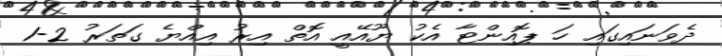
ދެވަނައިގައި ހަ ޕޮއިންޓާ އެކު ޔޫއޭއީ އޮތް އިރު އިއްޔެ ގަތަރު 2-1